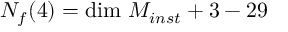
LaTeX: { \cal N } _ { f } ( 4 ) = \mathrm { d i m } \ { \cal M } _ { i n s t } + 3 - 2 9